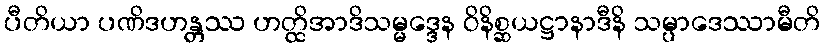
ပီတိယာ ပဏိဒဟန္တဿ ဟတ္ထိအာဒိသမ္မဒ္ဒေန ဝိနိစ္ဆယဋ္ဌာနာဒီနိ သမ္ပာဒေဿာမီတိ